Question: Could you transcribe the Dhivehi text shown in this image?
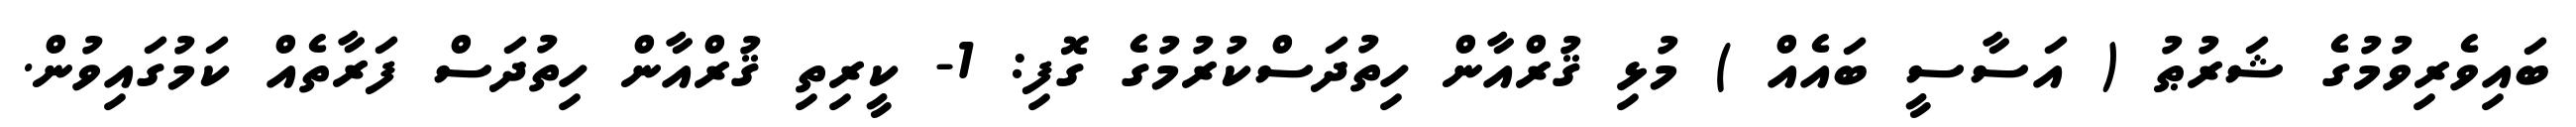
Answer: ބައިވެރިވުމުގެ ޝަރުޠު ( އަސާސީ ބައެއް ) މުޅި ޤުރްއާން ހިތުދަސްކުރުމުގެ ގޮފި: 1- ކީރިތި ޤުރްއާން ހިތުދަސް ފަރާތެއް ކަމުގައިވުން.